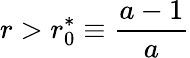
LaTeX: r>r_{0}^{*}\equiv\frac{a-1}{a}